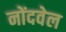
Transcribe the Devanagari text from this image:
नोंदवेल